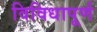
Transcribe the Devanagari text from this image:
विविधापूर्ण